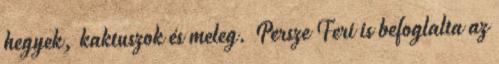
hegyek, kaktuszok és meleg. Persze Feri is befoglalta az